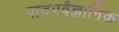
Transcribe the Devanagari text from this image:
पादपवैज्ञानिक